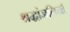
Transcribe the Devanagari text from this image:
श्रद्धांजलियाँ